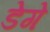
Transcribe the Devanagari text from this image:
डेगे